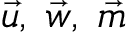
\vec { u } , \; \vec { w } , \; \vec { m }